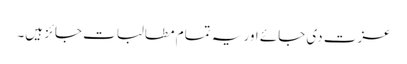
عزت دی جائے اور یہ تمام مطالبات جائز ہیں۔